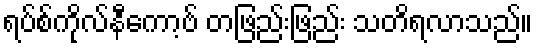
ရပ်စ်ကိုလ်နီကော့ဗ် တဖြည်းဖြည်း သတိရလာသည်။